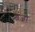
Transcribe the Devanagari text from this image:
बेज़ा